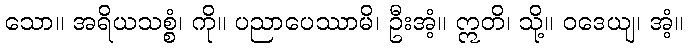
သော။ အရိယသစ္စံ၊ ကို။ ပညာပေဿာမိ၊ ဦးအံ့။ ဣတိ၊ သို့။ ဝဒေယျ၊ အံ့။